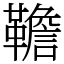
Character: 韂